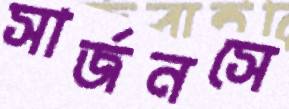
সার্জনসে